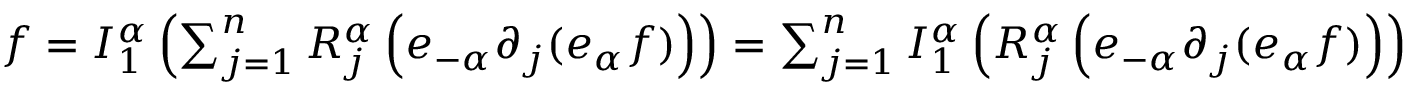
\begin{array} { r } { f = I _ { 1 } ^ { \boldsymbol { \alpha } } \left( \sum _ { j = 1 } ^ { n } R _ { j } ^ { \boldsymbol { \alpha } } \left( e _ { - \boldsymbol { \alpha } } \partial _ { j } ( e _ { \boldsymbol { \alpha } } f ) \right) \right) = \sum _ { j = 1 } ^ { n } I _ { 1 } ^ { \boldsymbol { \alpha } } \left( R _ { j } ^ { \boldsymbol { \alpha } } \left( e _ { - \boldsymbol { \alpha } } \partial _ { j } ( e _ { \boldsymbol { \alpha } } f ) \right) \right) } \end{array}